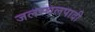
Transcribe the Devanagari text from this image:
जलस्थलपादी